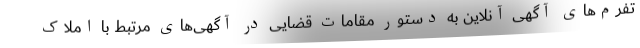
تفرم‌های آگهی آنلاین به دستور مقامات قضایی در آگهی‌های مرتبط با املاک